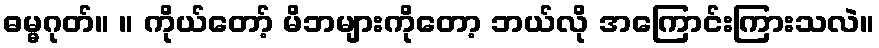
ဓမ္မဂုတ်။ ။ ကိုယ်တော့် မိဘများကိုတော့ ဘယ်လို အကြောင်းကြားသလဲ။